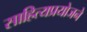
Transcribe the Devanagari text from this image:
साहित्यप्रयोजने